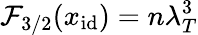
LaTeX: \mathcal{F}_{3/2}(x_{\mathrm{id}})=n\lambda_{T}^{3}